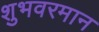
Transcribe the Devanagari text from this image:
शुभवरमान